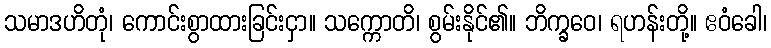
သမာဒဟိတုံ၊ ကောင်းစွာထားခြင်းငှာ။ သက္ကောတိ၊ စွမ်းနိုင်၏။ ဘိက္ခဝေ၊ ရဟန်းတို့။ ဧဝံခေါ၊